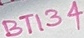
Text: BT134